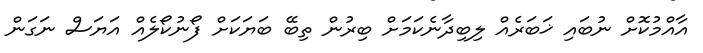
އާއްމުކޮށް ނުބައި ޚަބަރެއް ލިބިދާނެކަމަށް ބިރުން ތިބޭ ބަޔަކަށް ފޯނުކޯލެއް އަޔަސް ނަގަން